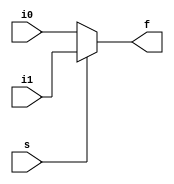
module mux_2_1
#(
   parameter XLEN = 32
)

(
   i0,
   i1,
   s,
   f
);

input   [XLEN-1:0]  i0; // input bus 0 
input   [XLEN-1:0]  i1; // input bus 1
input                s;  // select input
output   [XLEN-1:0]  f;  // output selected bus

assign   f = (~s) ? i0 : i1; 

endmodule